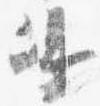
嶋